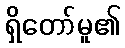
ရှိတော်မူ၏